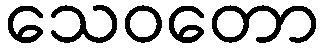
သေဝတော